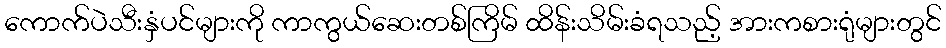
ကောက်ပဲသီးနှံပင်များကို ကာကွယ်ဆေးတစ်ကြိမ် ထိန်းသိမ်းခံရသည့် အားကစားရုံများတွင်